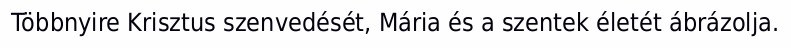
Többnyire Krisztus szenvedését, Mária és a szentek életét ábrázolja.